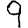
Digit: 9